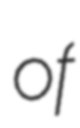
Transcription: of